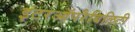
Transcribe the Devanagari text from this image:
इंटरऑपरैबिलिटी